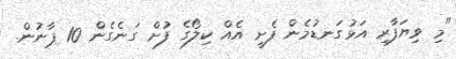
"މި ވިޔަފާރި އަޅުގަނޑުމެން ފެށީ އެއް ކިލޯގެ ފުށް ގަނެގެން 10 ޕާނުން.